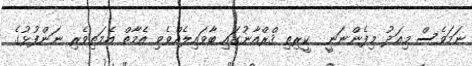
ނަމަވެސް މިއަދު މިފެންނަނީ  ކީރިތި ޤްރްއާނުގައި ބާވައިލެއްވެވި އެމާތް އެމަތިވެރި ނަންފުޅުގެ